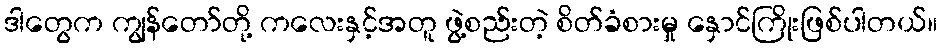
ဒါတွေက ကျွန်တော်တို့ ကလေးနှင့်အတူ ဖွဲ့စည်းတဲ့ စိတ်ခံစားမှု နှောင်ကြိုးဖြစ်ပါတယ်။